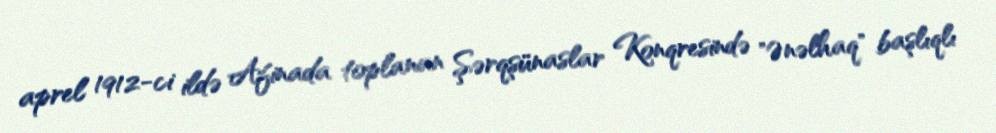
aprel 1912-ci ildə Afinada toplanan Şərqşünaslar Konqresində "Ənəlhaq" başlıqlı